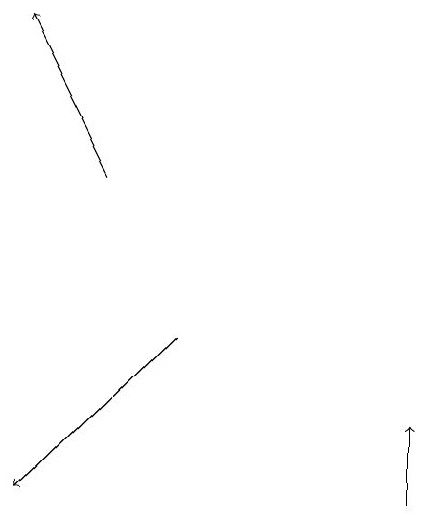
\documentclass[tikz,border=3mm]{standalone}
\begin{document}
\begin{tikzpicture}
\draw[->] (5,12) -- (5,13);
\draw[->] (1,16) -- (0,18);
\draw[->] (2,14) -- (0,12);
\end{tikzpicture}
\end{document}